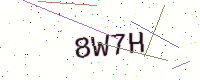
Text: 8W7H